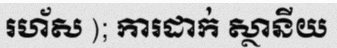
រហ័ស ); ការដាក់ ស្ថានីយ